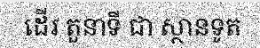
ដើរ តួនាទី ជា ស្ថានទូត